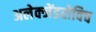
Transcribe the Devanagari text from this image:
अलेक्जेंडरोविच